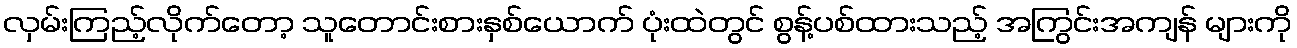
လှမ်းကြည့်လိုက်တော့ သူတောင်းစားနှစ်ယောက် ပုံးထဲတွင် စွန့်ပစ်ထားသည့် အကြွင်းအကျန် များကို